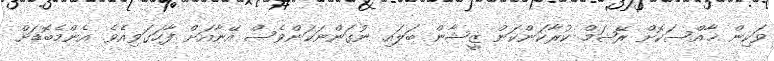
ވަކިން ޚާއްސަކޮށް ރޭޝަމް ކުރާކަންކަން ޒީޝާން ބަލައި ނުގަންނަކަންވެސް އޭނާއަށް ފާހަގަވިއެވެ. އެންމެބޮޑަށް